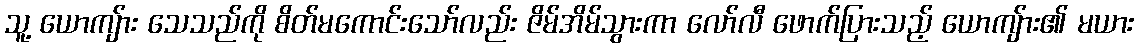
သူ့ ယောကျ်ား သေသည်ကို စိတ်မကောင်းသော်လည်း ဇိမ်အိမ်သွားကာ လော်လီ ဖောက်ပြားသည့် ယောကျ်ား၏ မယား